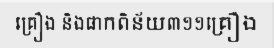
គ្រឿង និងផាកពិន័យ៣១១គ្រឿង